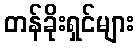
တန်ခိုးရှင်များ